Assam Mental Hospital (Tezpur, India) - 1933-1948
Year: 1933
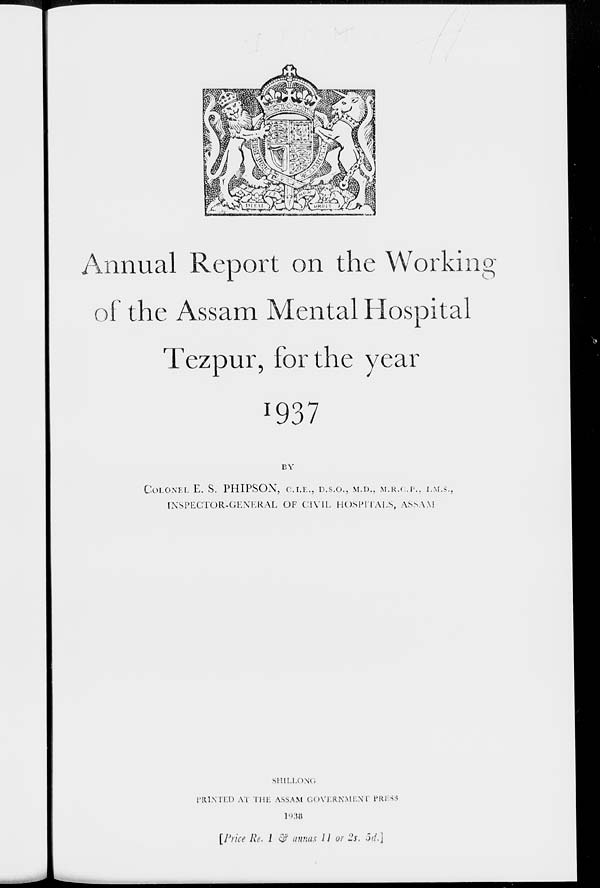
Annual Report on the Working
of the Assam Mental Hospital
Tezpur, for the year
1937
BY
COLONEL E. S. PHIPSON, C.I.E., D.S.O., M.D., M.R.C.P., I.M.S.,
INSPECTOR-GENERAL OF CIVIL HOSPITALS, ASSAM
SHILLONG :
PRINTED AT THE ASSAM GOVERNMENT PRESS
1938
[Price Re. 1 & annas 11 or 2s. 5d.]